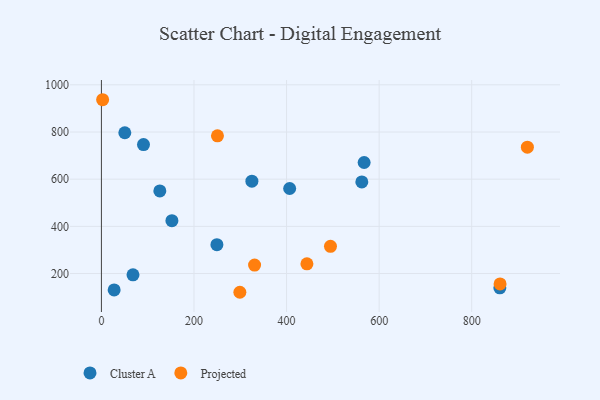
{"axis": {"x": "Price", "y": "Profit"}, "legend": ["Cluster A", "Projected"], "data": [{"x": "126.2", "y": 550.1, "type": "Cluster A"}, {"x": "68.2", "y": 194.5, "type": "Cluster A"}, {"x": "50.5", "y": 796.8, "type": "Cluster A"}, {"x": "325.1", "y": 591.5, "type": "Cluster A"}, {"x": "90.9", "y": 746.5, "type": "Cluster A"}, {"x": "406.7", "y": 560.5, "type": "Cluster A"}, {"x": "860.8", "y": 139.6, "type": "Cluster A"}, {"x": "567.6", "y": 670.6, "type": "Cluster A"}, {"x": "27.5", "y": 130.7, "type": "Cluster A"}, {"x": "152.3", "y": 423.9, "type": "Cluster A"}, {"x": "249.5", "y": 322.2, "type": "Cluster A"}, {"x": "562.6", "y": 588.2, "type": "Cluster A"}, {"x": "444.0", "y": 241.1, "type": "Projected"}, {"x": "330.9", "y": 235.8, "type": "Projected"}, {"x": "299.1", "y": 120.6, "type": "Projected"}, {"x": "2.6", "y": 936.8, "type": "Projected"}, {"x": "861.3", "y": 156.2, "type": "Projected"}, {"x": "250.7", "y": 783.7, "type": "Projected"}, {"x": "920.3", "y": 735.6, "type": "Projected"}, {"x": "494.9", "y": 315.2, "type": "Projected"}]}